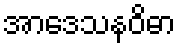
အာဒေသနဝိဓာ